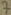
Text: 7